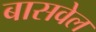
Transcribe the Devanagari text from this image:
बासवेल